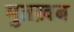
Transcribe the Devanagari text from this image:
मुतख़ब